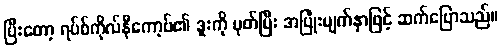
ပြီးတော့ ရပ်စ်ကိုလ်နီကော့ဗ်၏ ဒူးကို ပုတ်ပြီး အပြုံးမျက်နှာဖြင့် ဆက်ပြောသည်။